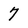
Character: 7